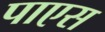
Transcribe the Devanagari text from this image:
पाएस